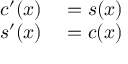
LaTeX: \begin{array} { r l } { c ^ { \prime } ( x ) } & { { } = s ( x ) } \\ { s ^ { \prime } ( x ) } & { { } = c ( x ) } \end{array}